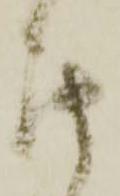
罷